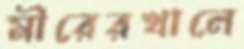
মীরেরখালে